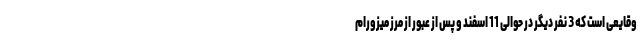
وقایعی است که 3 نفر دیگر در حوالی 11 اسفند و پس از عبور از مرز میزورام